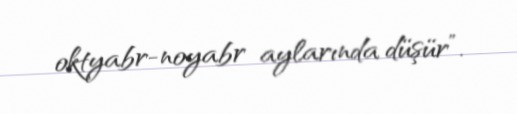
oktyabr-noyabr aylarında düşür”.